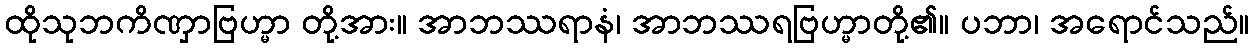
ထိုသုဘကိဏှာဗြဟ္မာ တို့အား။ အာဘဿရာနံ၊ အာဘဿရဗြဟ္မာတို့၏။ ပဘာ၊ အရောင်သည်။